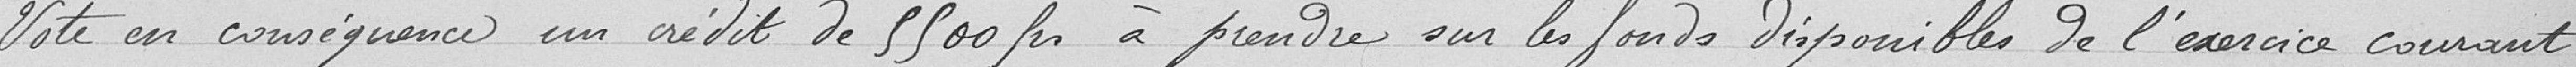
Vote en conséquent, un crédit de 5.500 francs à prendre sur les fonds disponibles de l'exercice courant.